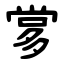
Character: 㗬